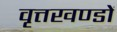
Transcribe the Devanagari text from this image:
वृत्तखण्डों